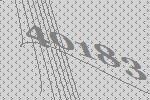
40183